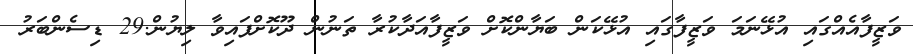
ވަޒީފާއެއްގައި އުޅޭނަމަ ވަޒީފާގައި އުޅޭކަން ބަޔާންކޮށް ވަޒީފާއަދާކުރާ ތަނުން ދޫކޮށްފައިވާ ލިޔުން.29 ޑިސެންބަރު